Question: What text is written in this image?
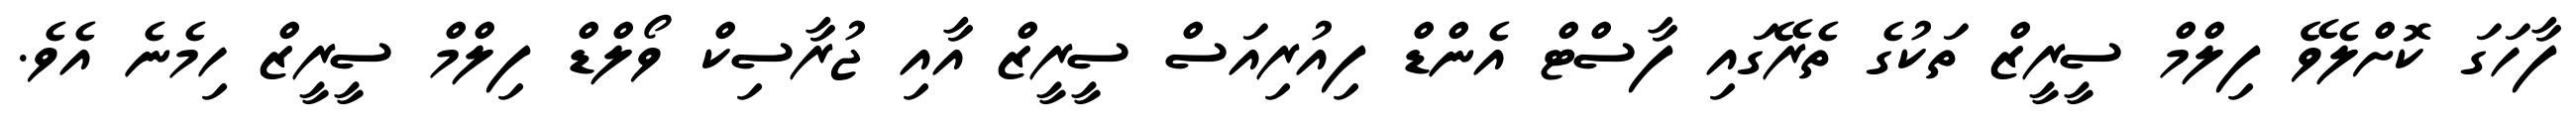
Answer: ފާހަގަ ކޮށްލެވޭ ފިލްމް ސީރީޒް ތަކުގެ ތެރޭގައި ފާސްޓް އެންޑް ފިއުރިއަސް ސީރީޒް އާއި ޖުރާސިކް ވޯލްޑް ފިލްމް ސީރީޒް ހިމެނެ އެވެ.